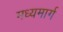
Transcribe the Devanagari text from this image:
मध्‍यमार्ग